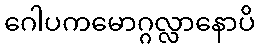
ဂေါပကမောဂ္ဂလ္လာနောပိ